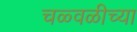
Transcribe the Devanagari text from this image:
चळ्वळीच्या